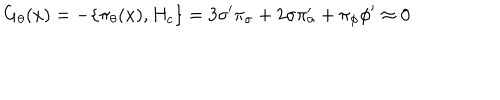
G _ { \theta } ( x ) = - \{ { \pi } _ { \theta } ( x ) , H _ { c } \} = 3 { \sigma } ^ { \prime } { \pi } _ { \sigma } + 2 \sigma { \pi } _ { \sigma } ^ { \prime } + { \pi } _ { \phi } { \phi } ^ { \prime } \approx 0